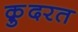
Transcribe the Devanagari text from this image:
क़़ुदरत